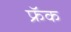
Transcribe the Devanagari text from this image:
फ्रॅक